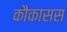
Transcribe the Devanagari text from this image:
कौकासस